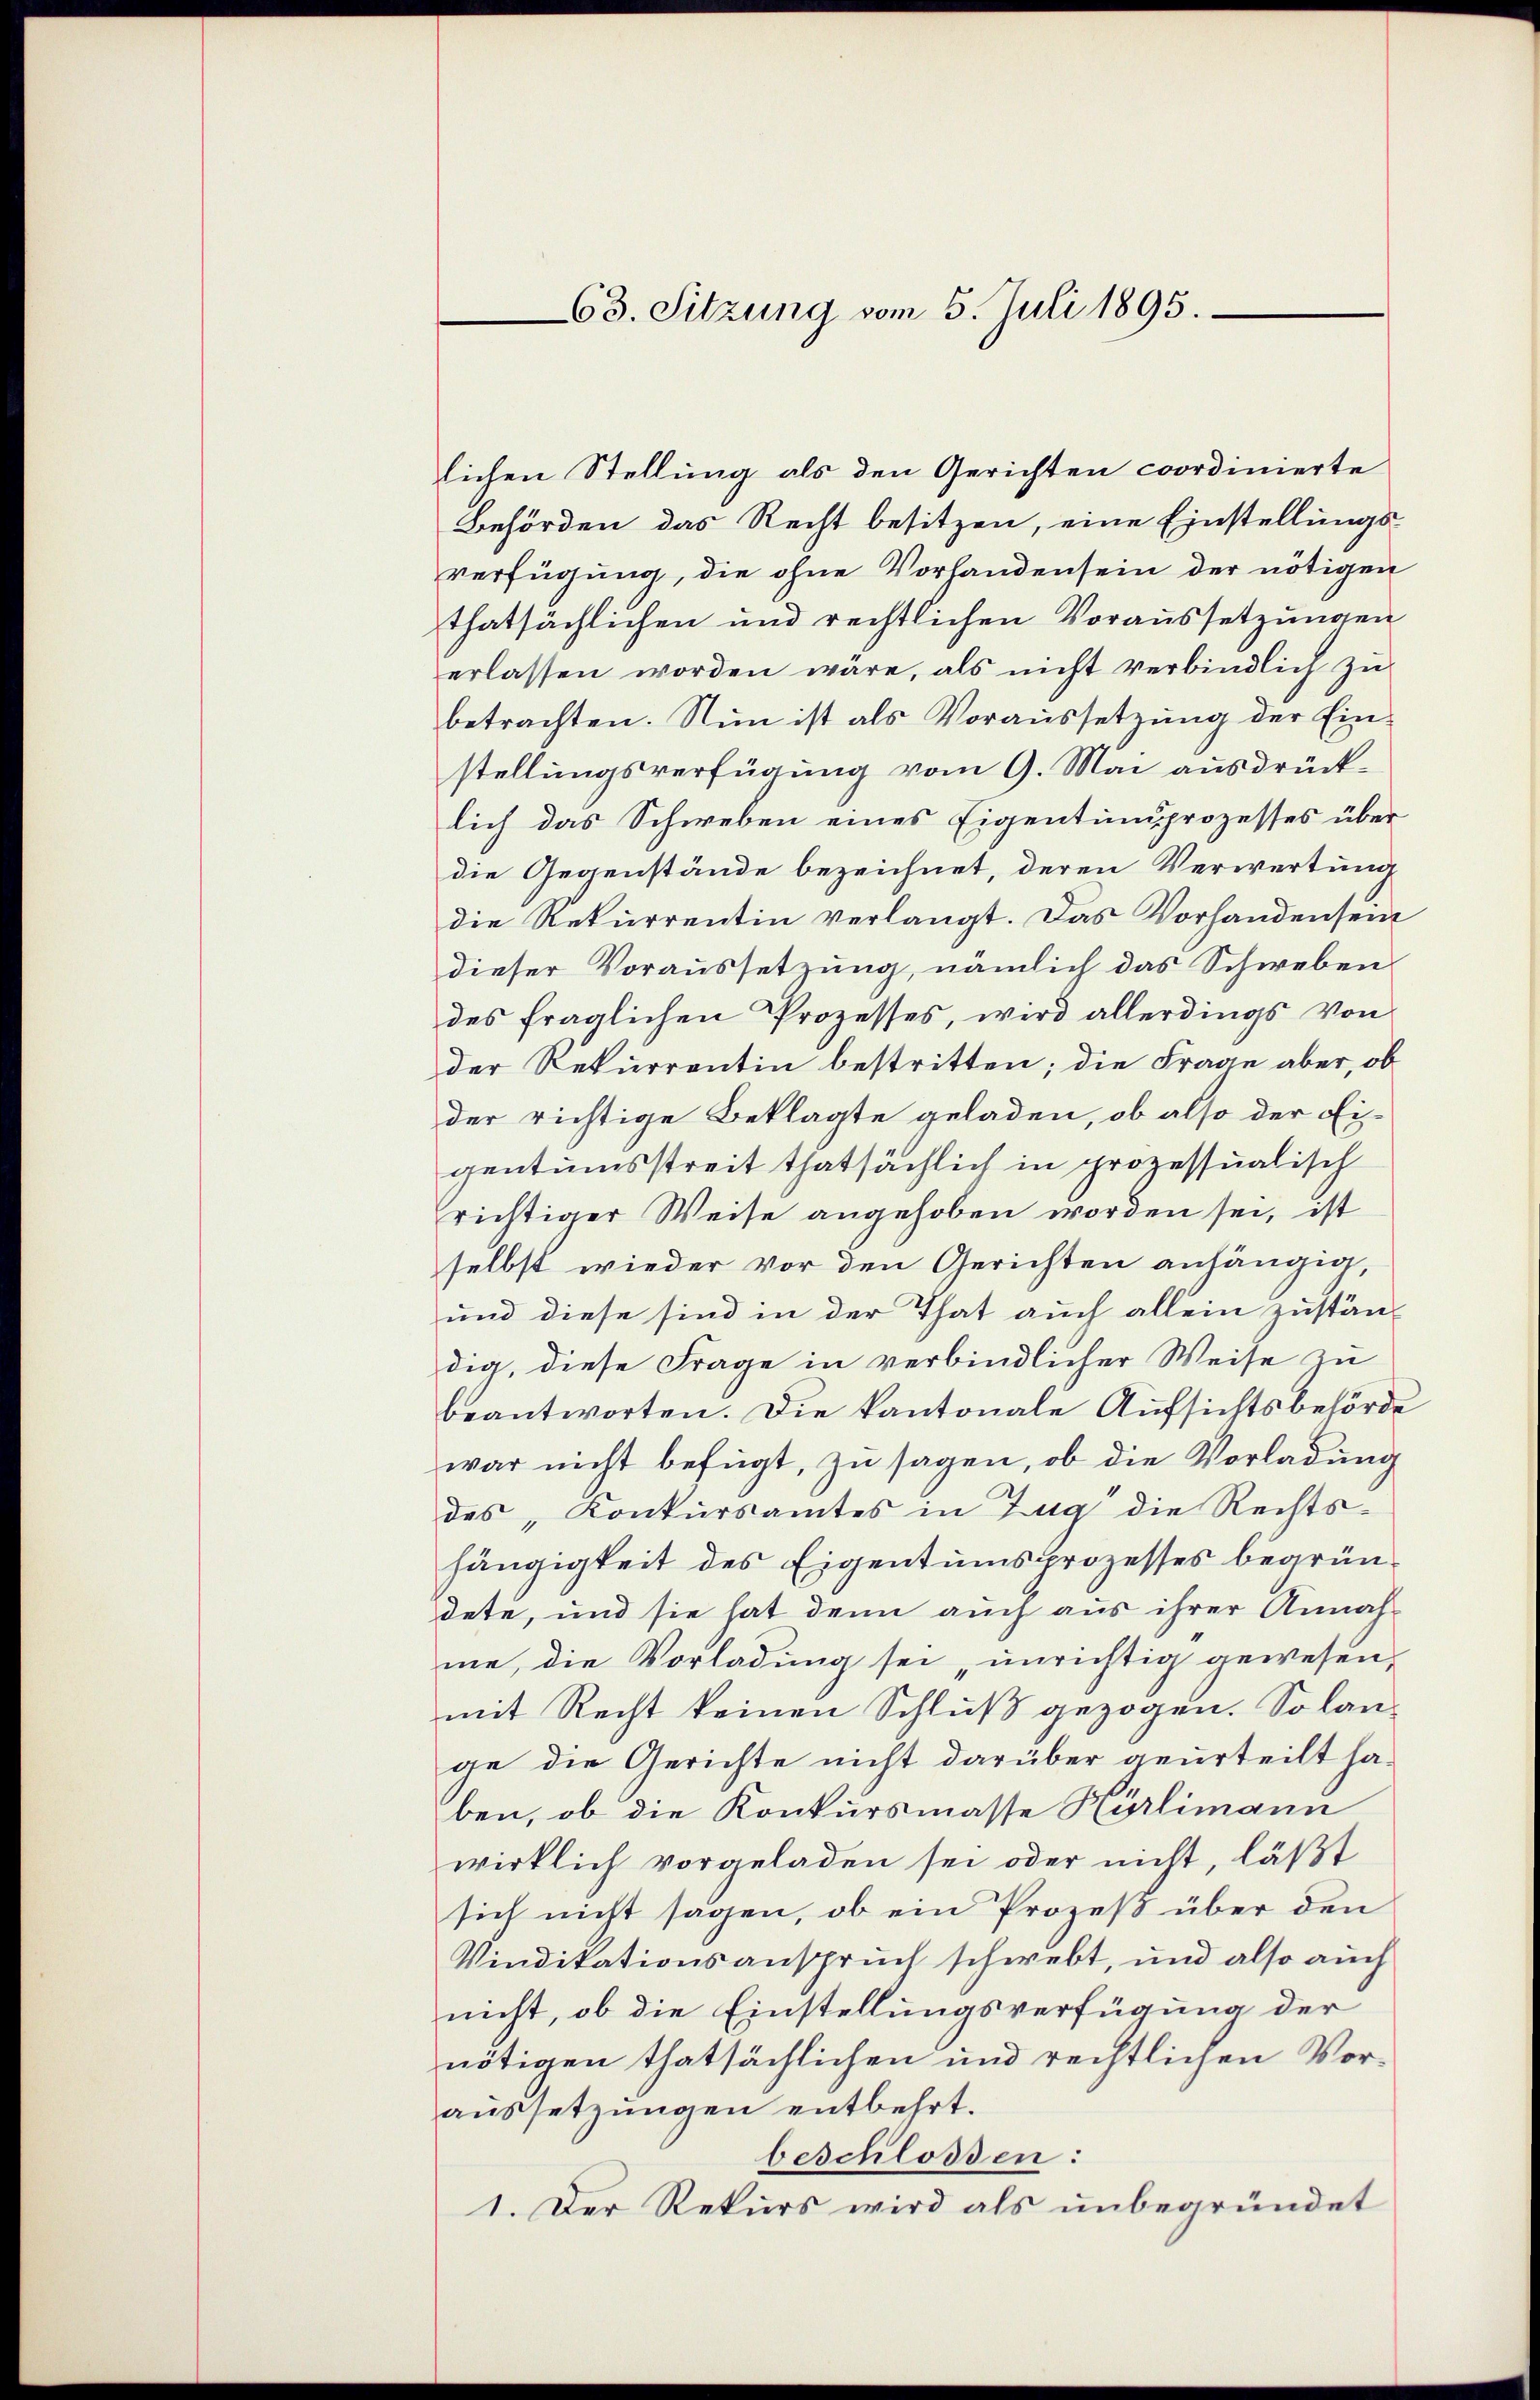
63. Sitzung vom 5. Juli 1895.

lichen Stellung als den Gerichten coordinierte
Behörden das Recht besitzen, eine Einstellungs-
verfügung, die ohne Vorhandensein der nötigen
thatsächlichen und rechtlichen Voraussetzungen
erlassen worden wäre, als nicht verbindlich zŭ
betrachten. Nun ist als Voraussetzung der Ein-
stellungsverfügung vom 9. Mai ausdrücklich das Schweben eines Eigentumsprozesses über
die Gegenstände bezeichnet, deren Verwertung
die Rekurrentin verlangt. Das Vorhandensein
dieser Voraussetzung, nämlich das Schweben
des fraglichen Prozesses, wird allerdings von
der Rekurrentin bestritten; die Frage aber, ob
der richtige Beklagte geladen, ob also der Ei-
gentumsstreit thatsächlich in prozessualisch
richtiger Weise angehoben worden sei, ist
selbst wieder vor den Gerichten anhängig,
und diese sind in der That auch allein zuständig, diese Frage in verbindlicher Weise zu
beantworten. Die kantonale Aufsichtsbehörde
war nicht befügt, zu sagen, ob die Vorladung
des Konkursamtes in Zug die Rechts-
hängigkeit des Eigentumsprozesses begründete, und sie hat denn auch aus ihrer Annah-
me, die Vorladung sei unrichtig gewesen,
mit Recht keinen Schluß gezogen. So lange die Gerichte nicht darüber geurteilt haben, ob die Konkursmasse Kurlimann
wirklich vorgeladen sei oder nicht, läßt
sich nicht sagen, ob ein Prozeß über den
Vindikationsanspruch schwebt, und also auch
nicht, ob die Einstellungsverfügung der
nötigen thatsächlichen und rechtlichen Voraŭssetzŭngen entbehrt.
beschlossen:
1. Der Rekurs wird als unbegründet